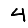
Digit: 4